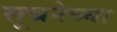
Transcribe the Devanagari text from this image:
सूचनेच्या